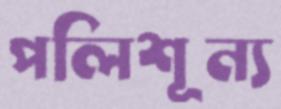
পলিশূন্য